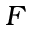
F